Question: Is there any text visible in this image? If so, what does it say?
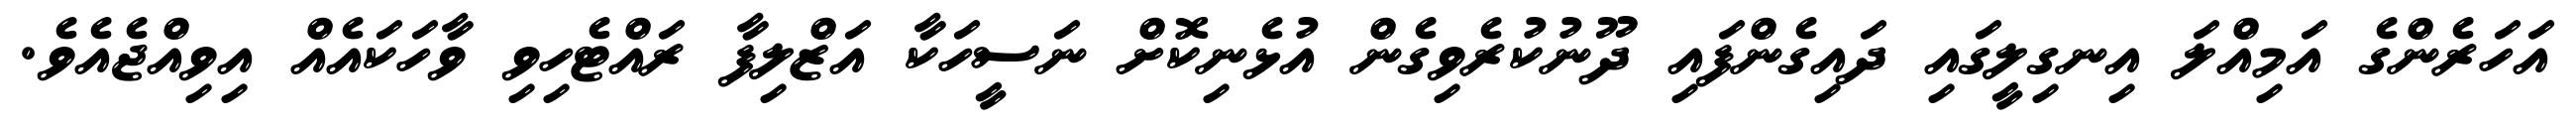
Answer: އަހަރެންގެ އަމިއްލަ އިނގިލީގައި ދައިގެންފައި ދޫނުކުރެވިގެން އުޅެނިކޮށް ނަސީހަކާ އަޒްލިފާ ރައްޓެހިވި ވާހަކައެއް އިވިއްޖެއެވެ.